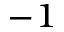
^ { - 1 }